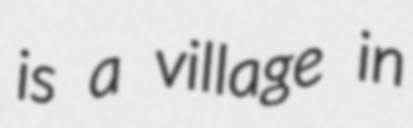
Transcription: is a village in